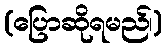
(ပြောဆိုရမည်၊)